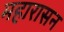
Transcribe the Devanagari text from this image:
महारासन